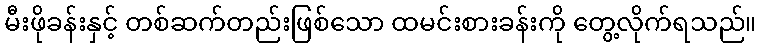
မီးဖိုခန်းနှင့် တစ်ဆက်တည်းဖြစ်သော ထမင်းစားခန်းကို တွေ့လိုက်ရသည်။